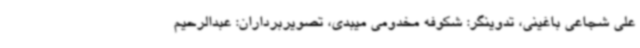
علی شجاعی باغینی، تدوینگر: شکوفه مخدومی میبدی، تصویربرداران: عبدالرحیم